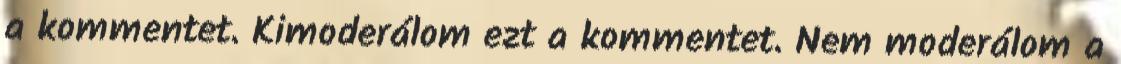
a kommentet. Kimoderálom ezt a kommentet. Nem moderálom a